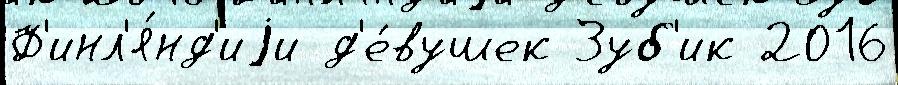
Ф'инл'я́нд'иjи д'е́вушек Зуб'ик 2016